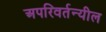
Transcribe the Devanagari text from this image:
अपरिवर्तन्यील